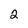
Character: 2